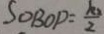
S _ { \Delta B O P } = \frac { k _ { 2 } } { 2 }